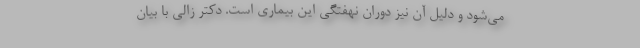
می‌شود و دلیل آن نیز دوران نهفتگی این بیماری است. دکتر زالی با بیان